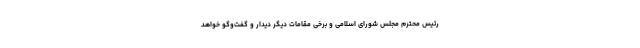
رئیس محترم مجلس شورای اسلامی و برخی مقامات دیگر دیدار و گفت‌وگو خواهد